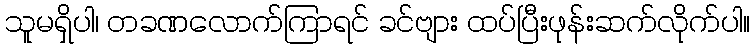
သူမရှိပါ၊ တခဏလောက်ကြာရင် ခင်ဗျား ထပ်ပြီးဖုန်းဆက်လိုက်ပါ။